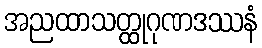
အညထာသတ္ထုဂုဏဒဿနံ